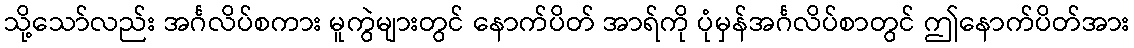
သို့သော်လည်း အင်္ဂလိပ်စကား မူကွဲများတွင် နောက်ပိတ် အာရ်ကို ပုံမှန်အင်္ဂလိပ်စာတွင် ဤနောက်ပိတ်အား